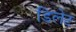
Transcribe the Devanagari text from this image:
डिलेट